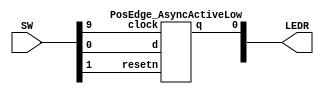
`timescale 1ns / 1ps
`default_nettype none

module top(SW, LEDR); 
	input[9:0]SW;
	output[9:0]LEDR;

	PosEdge_AsyncActiveLow u0(SW[0], SW[9], SW[1], LEDR[0]);

endmodule

module PosEdge_AsyncActiveLow(d, clock, resetn, q);
    input d, clock, resetn;
    output reg q;
	 
    always@(posedge clock, negedge resetn) 
        begin
            if (resetn == 1'b0)
                q <= 0; 
            else
                q <= d;
        end
endmodule